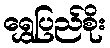
ရွှေပြည်စိုး